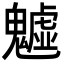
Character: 魖